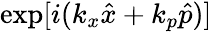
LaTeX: \exp[{i(k_{x}\hat{x}+k_{p}\hat{p})}]